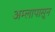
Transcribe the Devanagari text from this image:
अम्लापासून